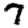
Digit: 7